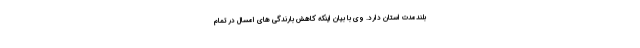
بلندمدت استان دارد. وی با بیان اینکه کاهش بارندگی های امسال در تمام